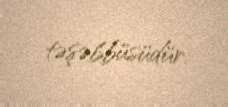
təşəbbüsüdür.